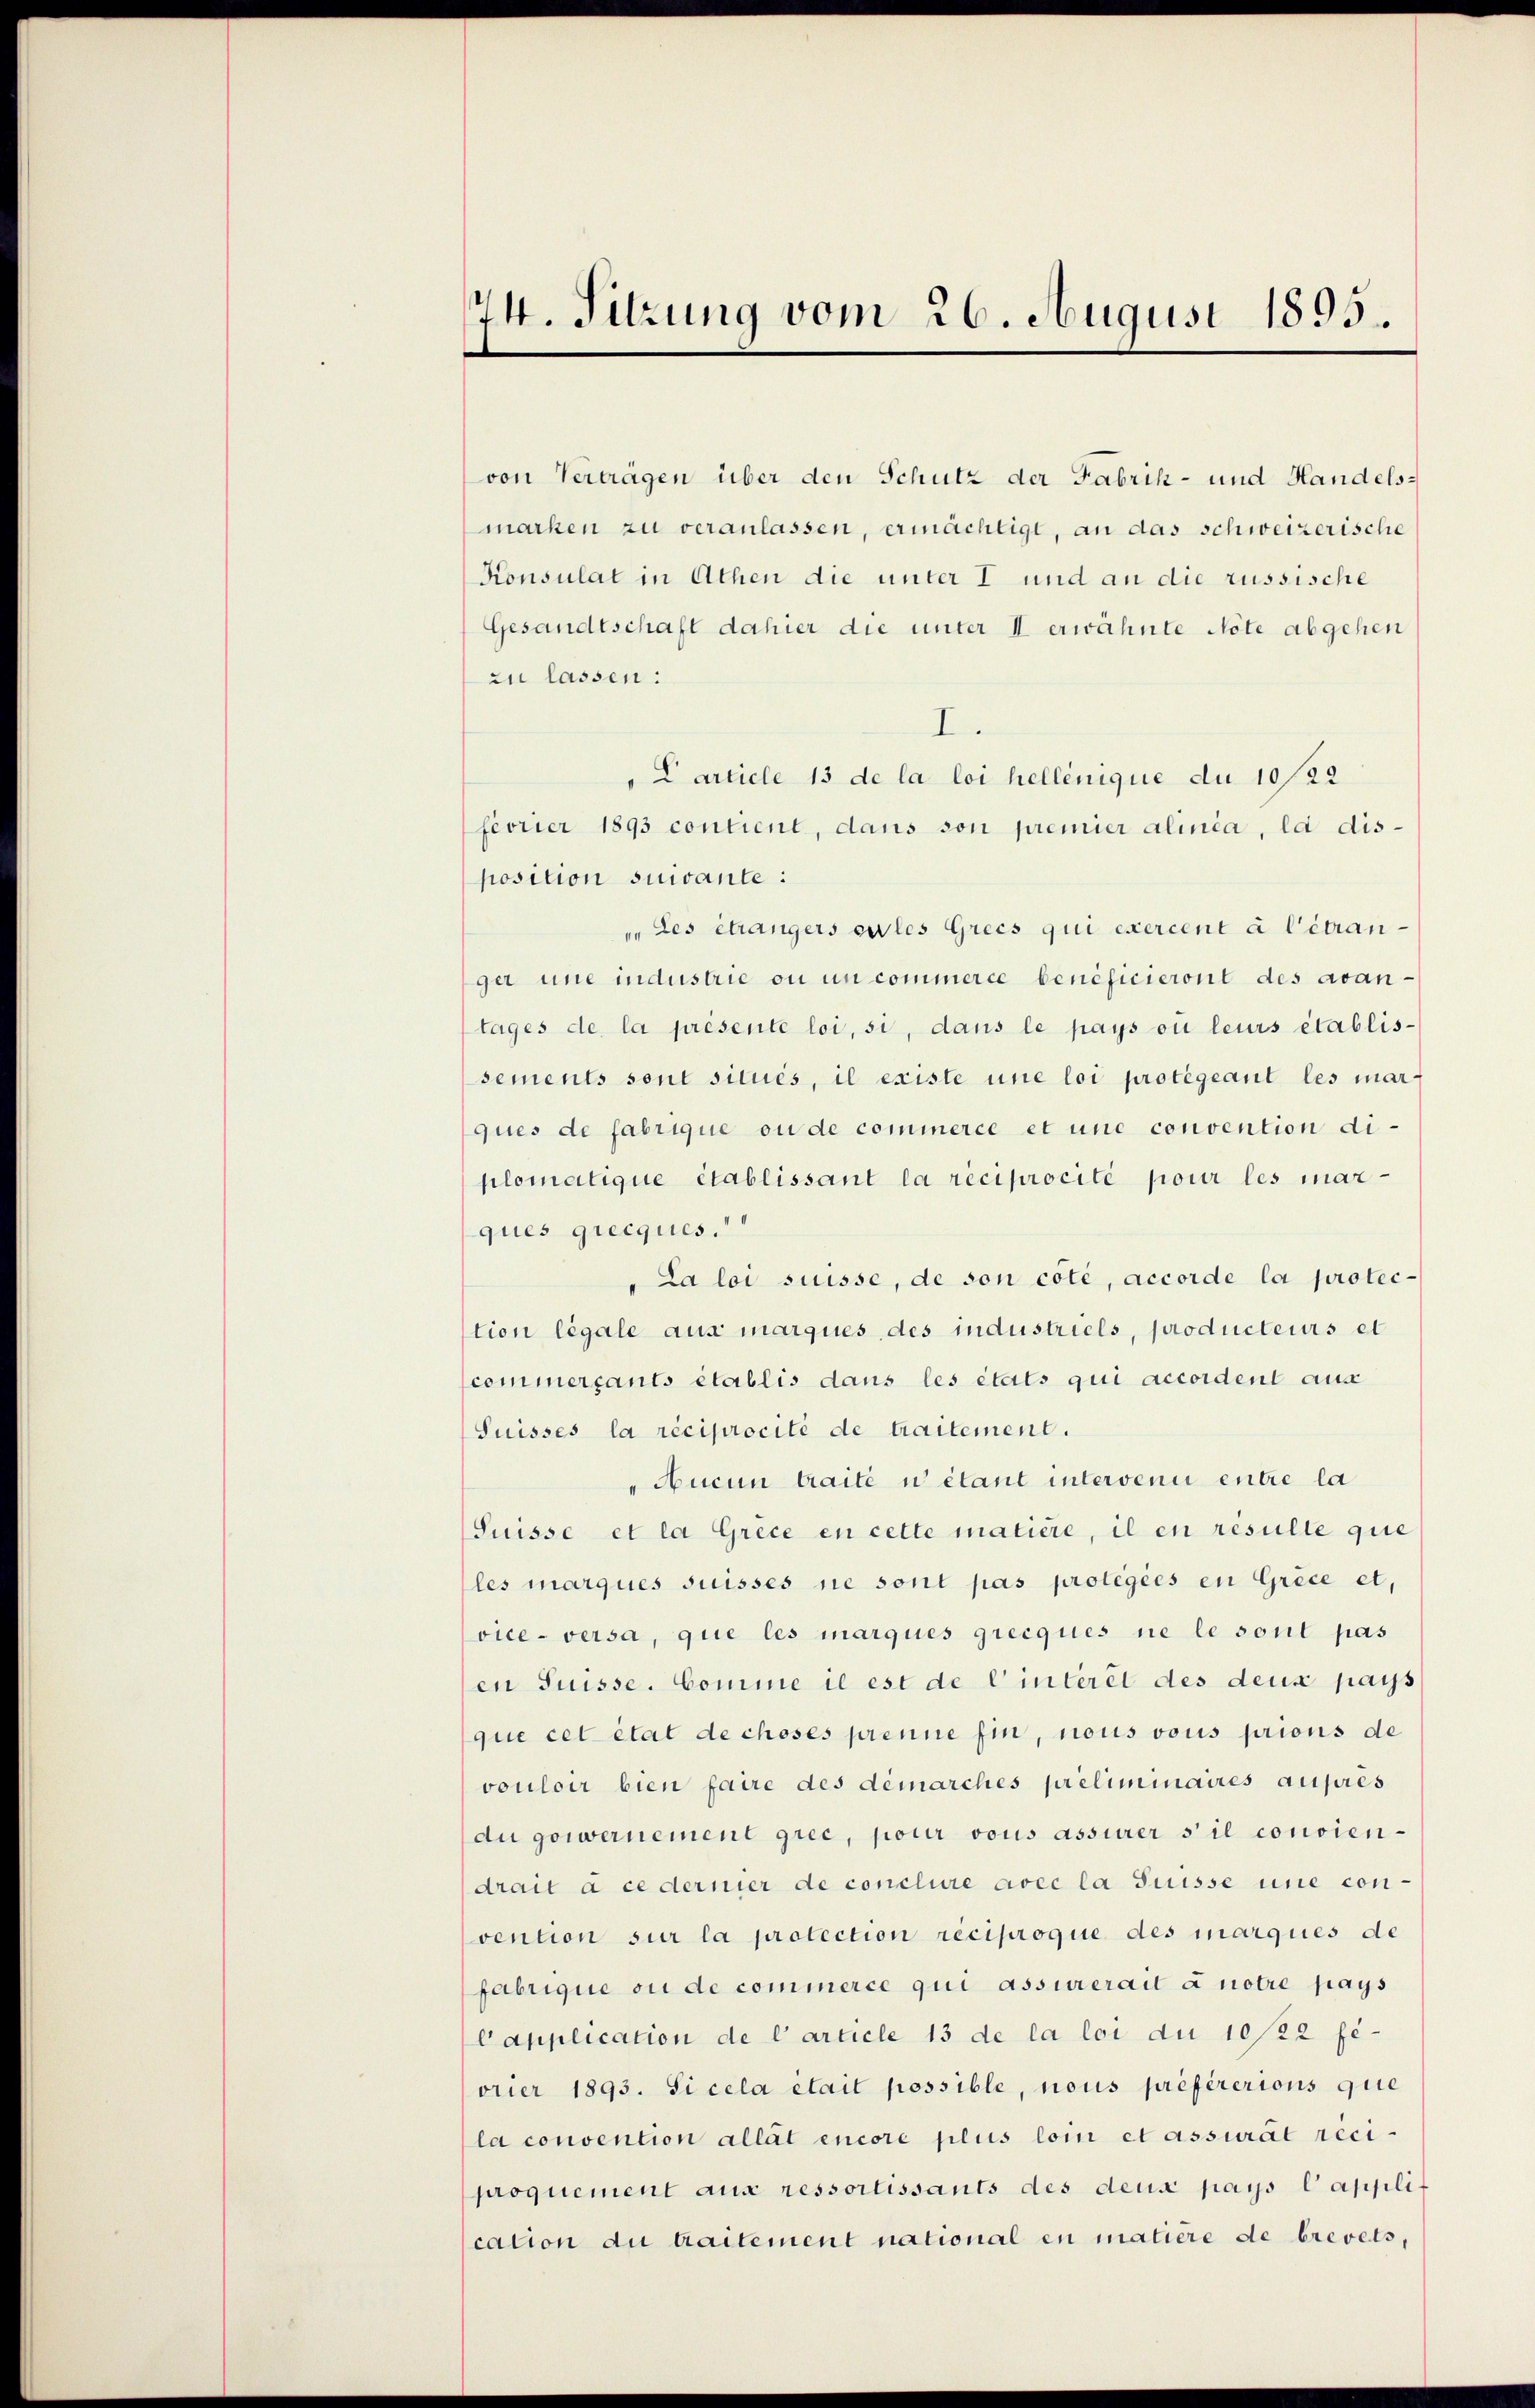
74. Sitzung vom 26. August 1895

von Verträgen über den Schutz der Fabrik- und Handelsmarken zu veranlassen, ermächtigt, an das schweizerische
Konsulat in Athen die unter I und an die russische
Gesandtschaft dahier die unter II erwähnte Note abgehen
zu lassen:
I.
" Carticle 13 de la loi hellenique du 10/122
fevrier 1893 contient, dans son premier alinia, la dis-
position suivante:
„Les étrangers eiles Grees qui exercent à l’étranger une industrie ou un commerce beneficieront des avan-
tages de la présente loi, si, dans le pays ou leurs établis-
sements sont situés, il existe une loi protegeant les mar-
ques de fabrique ou de commerce et une convention diplomatique établissant la réciprocité pour les mar-
ques grecques.
"La loi süsse, de son côté, accorde la protec-
tion légale aus marques, des industriels, producteurs et
commergants établis dans les étails qui accordent auss
Suisses la réciprocité de traitement.
" Aucun traite u étant intervenu entre la
Suisse et la Grece en cette matière, il en resulte que
les marques suisses ne sont pas protegées en Grice et,
vice - versa, que les marques grecques ne le sont pas
en Suisse. Comme il est de l’interet des deux pays
que cet état de choses prenne fin, nous vous prions de
vouloir bien faire des démarches préliminaires auprès
du gowernement grec, pour vous assurer s il conviendrait à ce dernier de conclure avec la Suisse une con-
vention sur la protection réciproque des marques de
fabrique ou de commerce qui assurerait à notre pays
Capplication de l’article 13 de la loi du 10/22 fevrier 1893. Si cela etait possible, nous préférerions que
la convention allat encore plus loi et assurat reci-
proquement aus ressortissants des deus pays Capplication du bailement national in matière de brevets,